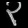
Digit: ၃